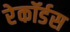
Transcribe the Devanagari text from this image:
रेकॉर्डस